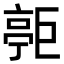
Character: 𪩧